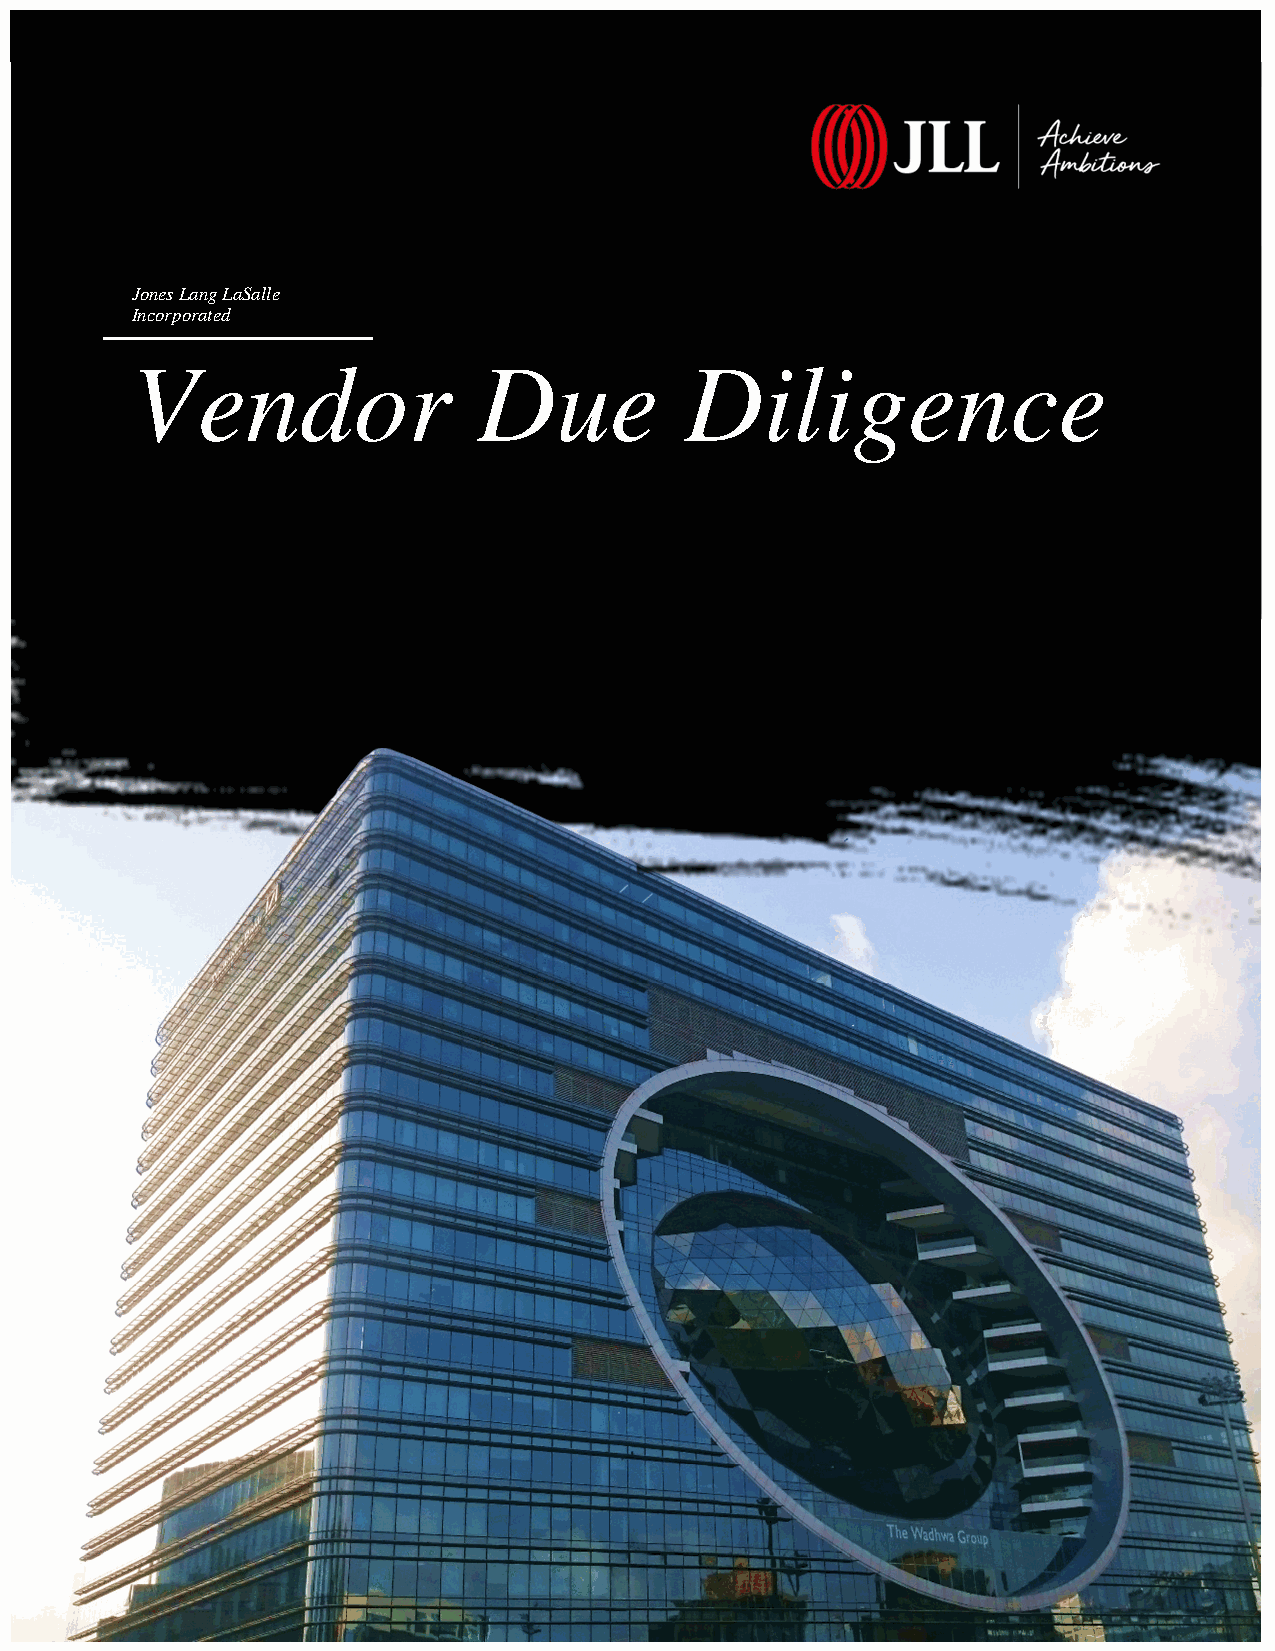
Jones Lang LaSalle
 Incorporated
 Vendor                 Due          Diligence